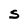
Character: S